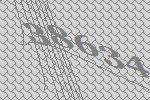
38634